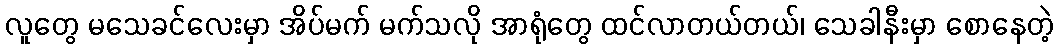
လူတွေ မသေခင်လေးမှာ အိပ်မက် မက်သလို အာရုံတွေ ထင်လာတယ်တယ်၊ သေခါနီးမှာ စောနေတဲ့